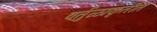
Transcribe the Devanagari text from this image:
वर्तुळाकृतीत